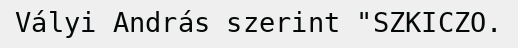
Vályi András szerint "SZKICZO.